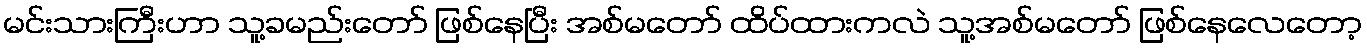
မင်းသားကြီးဟာ သူ့ခမည်းတော် ဖြစ်နေပြီး အစ်မတော် ထိပ်ထားကလဲ သူ့အစ်မတော် ဖြစ်နေလေတော့